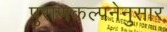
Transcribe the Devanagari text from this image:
पुराणकल्पनेनुसार